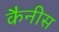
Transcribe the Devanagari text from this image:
कैनीस